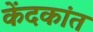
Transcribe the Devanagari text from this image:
केंदकांत